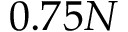
0 . 7 5 N